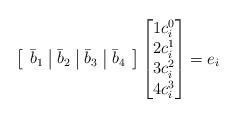
LaTeX: \begin{align*} \left[ \begin{array}{c|c|c|c} \bar{b}_1 & \bar{b}_2 & \bar{b}_3 & \bar{b}_4 \end{array} \right] \begin{bmatrix} 1 c_i^0 \\ 2 c_i^1 \\ 3 c_i^2 \\ 4 c_i^3 \end{bmatrix} = e_i\end{align*}